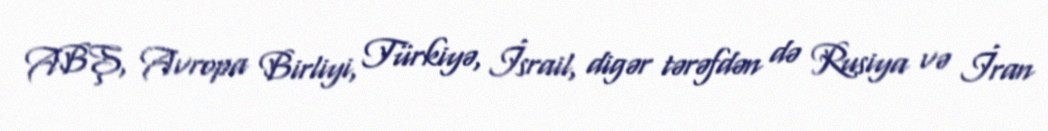
ABŞ, Avropa Birliyi, Türkiyə, İsrail, digər tərəfdən də Rusiya və İran